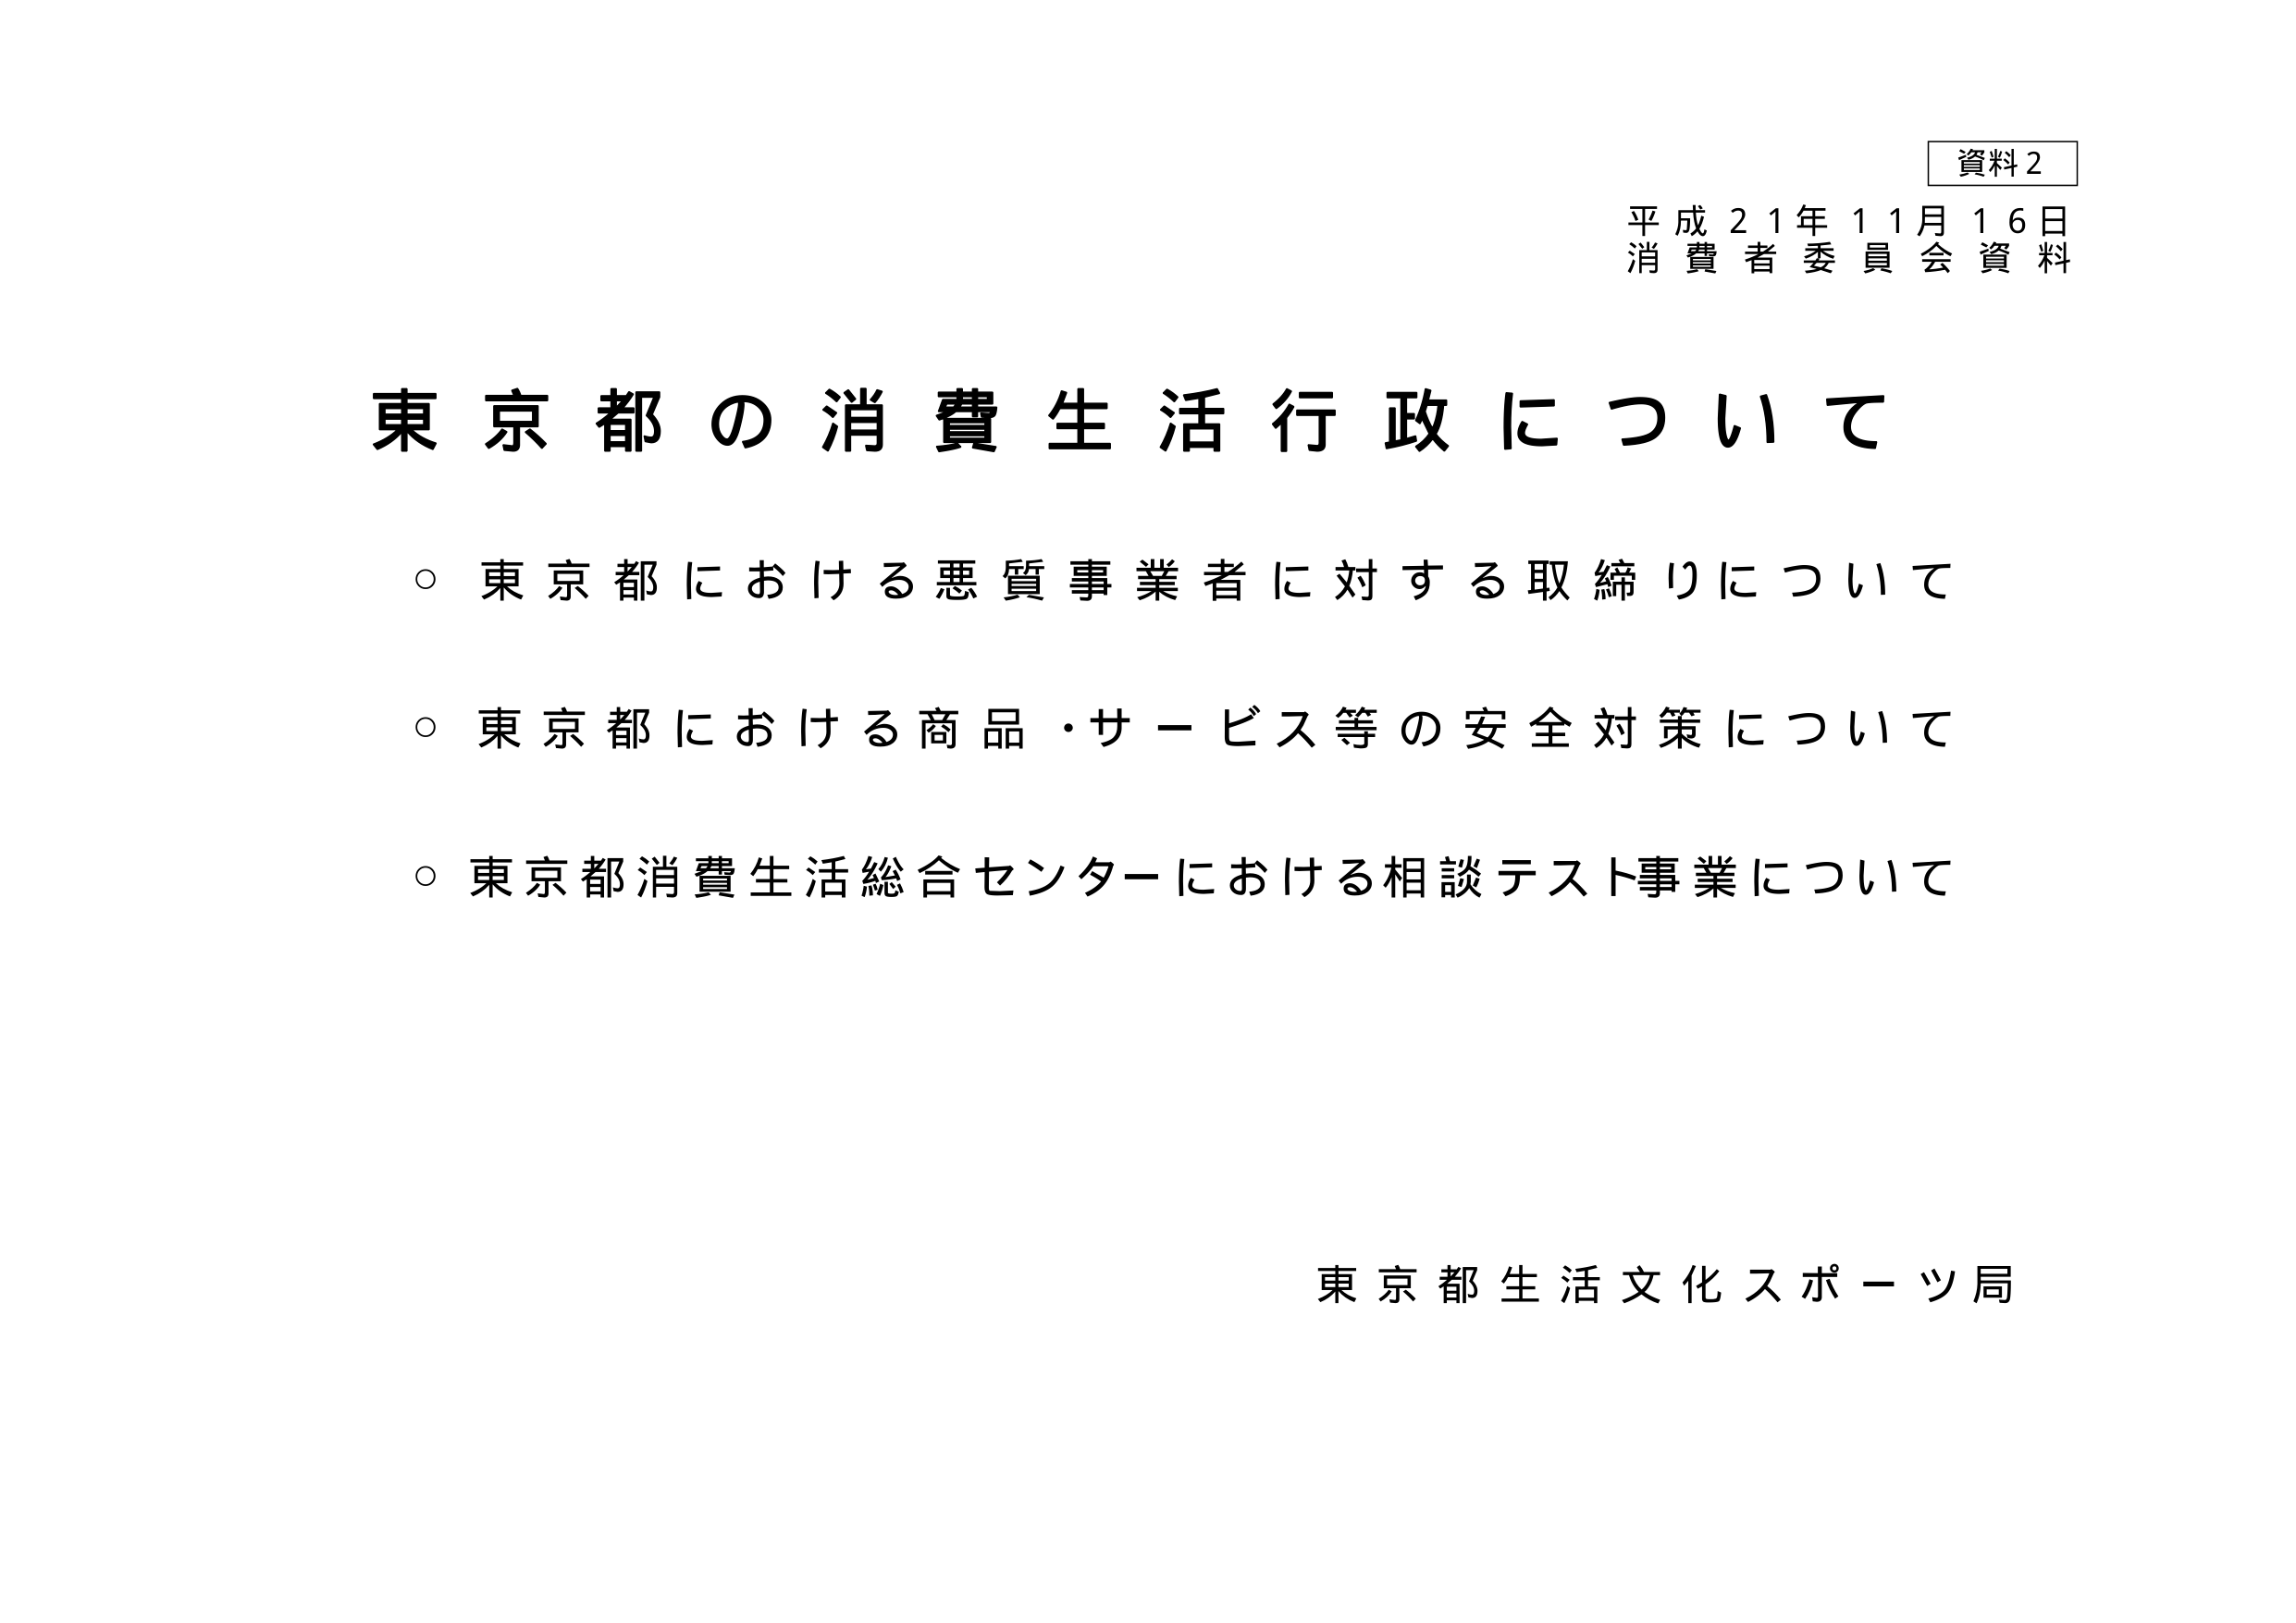
資料2
平成21年11月16日
消費者委員会資料

東京都の消費生活行政について

○ 東京都における悪質事業者に対する取締りについて
○ 東京都における商品・サービス等の安全対策について
○ 東京都消費生活総合センターにおける相談テスト事業について

東京都生活文化スポーツ局